Lunatic asylums Central Provinces reports 1874-1885 - 1874-1885
Year: 1874
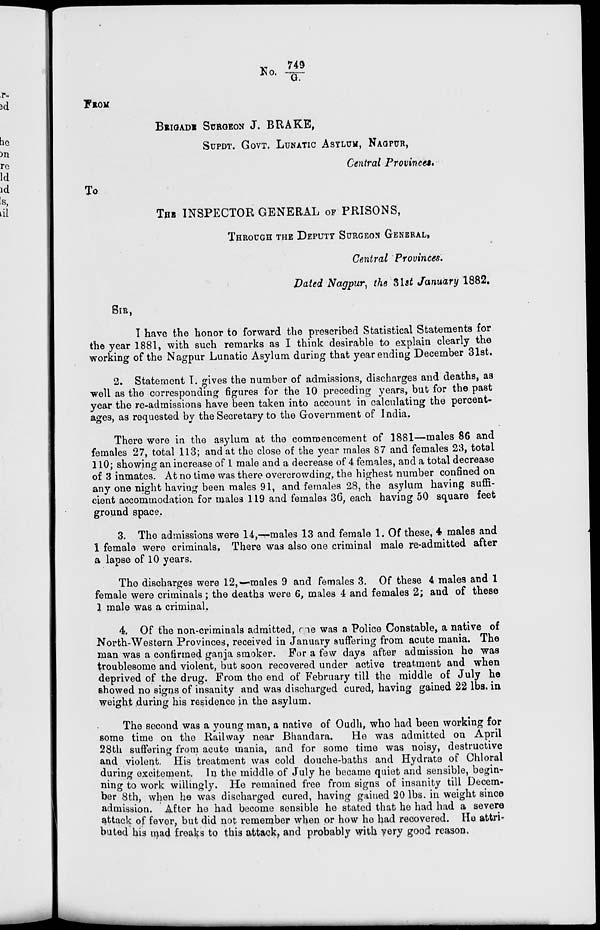
No. 749/G.
FROM
BRIGADE SURGEON J. BRAKE,
SUPDT. GOVT. LUNATIC ASYLUM, NAGPUR,
Central Provinces.
To
THE INSPECTOR GENERAL OF PRISONS,
THROUGH THE DEPUTY SURGEON GENERAL,
Central Provinces.
Dated Nagpur, the 31st January 1882.
SIR,
I have the honor to forward the prescribed Statistical Statements for
the year 1881, with such remarks as I think desirable to explain clearly the
working of the Nagpur Lunatic Asylum during that year ending December 31st.
2. Statement I. gives the number of admissions, discharges and deaths, as
well as the corresponding figures for the 10 preceding years, but for the past
year the re-admissions have been taken into account in calculating the percent-
ages, as requested by the Secretary to the Government of India.
There were in the asylum at the commencement of 1881—males 86 and
females 27, total 113; and at the close of the year males 87 and females 23, total
110; showing an increase of 1 male and a decrease of 4 females, and a total decrease
of 3 inmates. At no time was there overcrowding, the highest number confined on
any one night having been males 91, and females 28, the asylum having suffi-
cient accommodation for males 119 and females 36, each having 50 square feet
ground space.
3. The admissions were 14,—males 13 and female 1. Of these, 4 males and
1 female were criminals. There was also one criminal male re-admitted after
a lapse of 10 years.
The discharges were 12,—males 9 and females 3. Of these 4 males and 1
female were criminals ; the deaths were 6, males 4 and females 2; and of these
1 male was a criminal.
4. Of the non-criminals admitted, one was a Police Constable, a native of
North-Western Provinces, received in January suffering from acute mania. The
man was a confirmed ganja smoker. For a few days after admission he was
troublesome and violent, but soon recovered under active treatment and when
deprived of the drug. From the end of February till the middle of July he
showed no signs of insanity and was discharged cured, having gained 22 lbs. in
weight during his residence in the asylum.
The second was a young man, a native of Oudh, who had been working for
some time on the Railway near Bhandara.
He was admitted on April
28th suffering from acute mania, and for some time was noisy, destructive
and violent His treatment was cold douche-baths and Hydrate of Chloral
during excitement. In the middle of July he became quiet and sensible, begin-
ning to work willingly. He remained free from signs of insanity till Decem-
ber 8th, when he was discharged cured, having gained 20 lbs. in weight since
admission. After he had become sensible he stated that be had had a severe
attack of fever, but did not remember when or how he had recovered. He attri-
buted his mad freaks to this attack, and probably with very good reason.